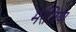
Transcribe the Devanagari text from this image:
मरज़िया